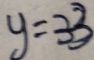
y = 3 3